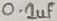
Text: 0.1uf